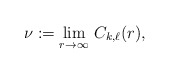
\begin{align*}\nu :=\lim_{r\to\infty}\, C_{k,\ell}(r),\end{align*}